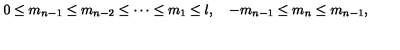
0 \leq m _ { n - 1 } \leq m _ { n - 2 } \leq \cdots \leq m _ { 1 } \leq l , \quad - m _ { n - 1 } \leq m _ { n } \leq m _ { n - 1 } ,